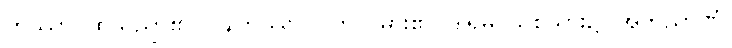
တဿာ၊ ထိုသညာ၏။ ဝဍ္ဎကိဿ၊ လက်သမား၏။ ဒါရုမှိ၊ သစ်သား၌။ အဘိညာဏံ၊